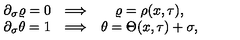
\begin{array} { c c c } { \partial _ { \sigma } \varrho = 0 \hfill } & { \Longrightarrow } & { \varrho = \rho ( x , \tau ) , \hfill } \\ { \partial _ { \sigma } \theta = 1 \hfill } & { \Longrightarrow \hfill } & { \theta = \Theta ( x , \tau ) + \sigma , \hfill } \\ \end{array}